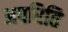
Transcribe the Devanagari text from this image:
अपरिति